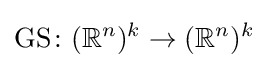
\operatorname {GS} \colon (\mathbb {R} ^{n})^{k}\to (\mathbb {R} ^{n})^{k}